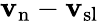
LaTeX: {\mathbf v}_{\mathrm{n}}-{\mathbf v}_{\mathrm{sl}}